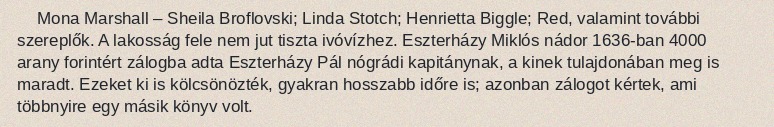
Mona Marshall – Sheila Broflovski; Linda Stotch; Henrietta Biggle; Red, valamint további szereplők. A lakosság fele nem jut tiszta ivóvízhez. Eszterházy Miklós nádor 1636-ban 4000 arany forintért zálogba adta Eszterházy Pál nógrádi kapitánynak, a kinek tulajdonában meg is maradt. Ezeket ki is kölcsönözték, gyakran hosszabb időre is; azonban zálogot kértek, ami többnyire egy másik könyv volt.